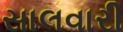
સાલવારી